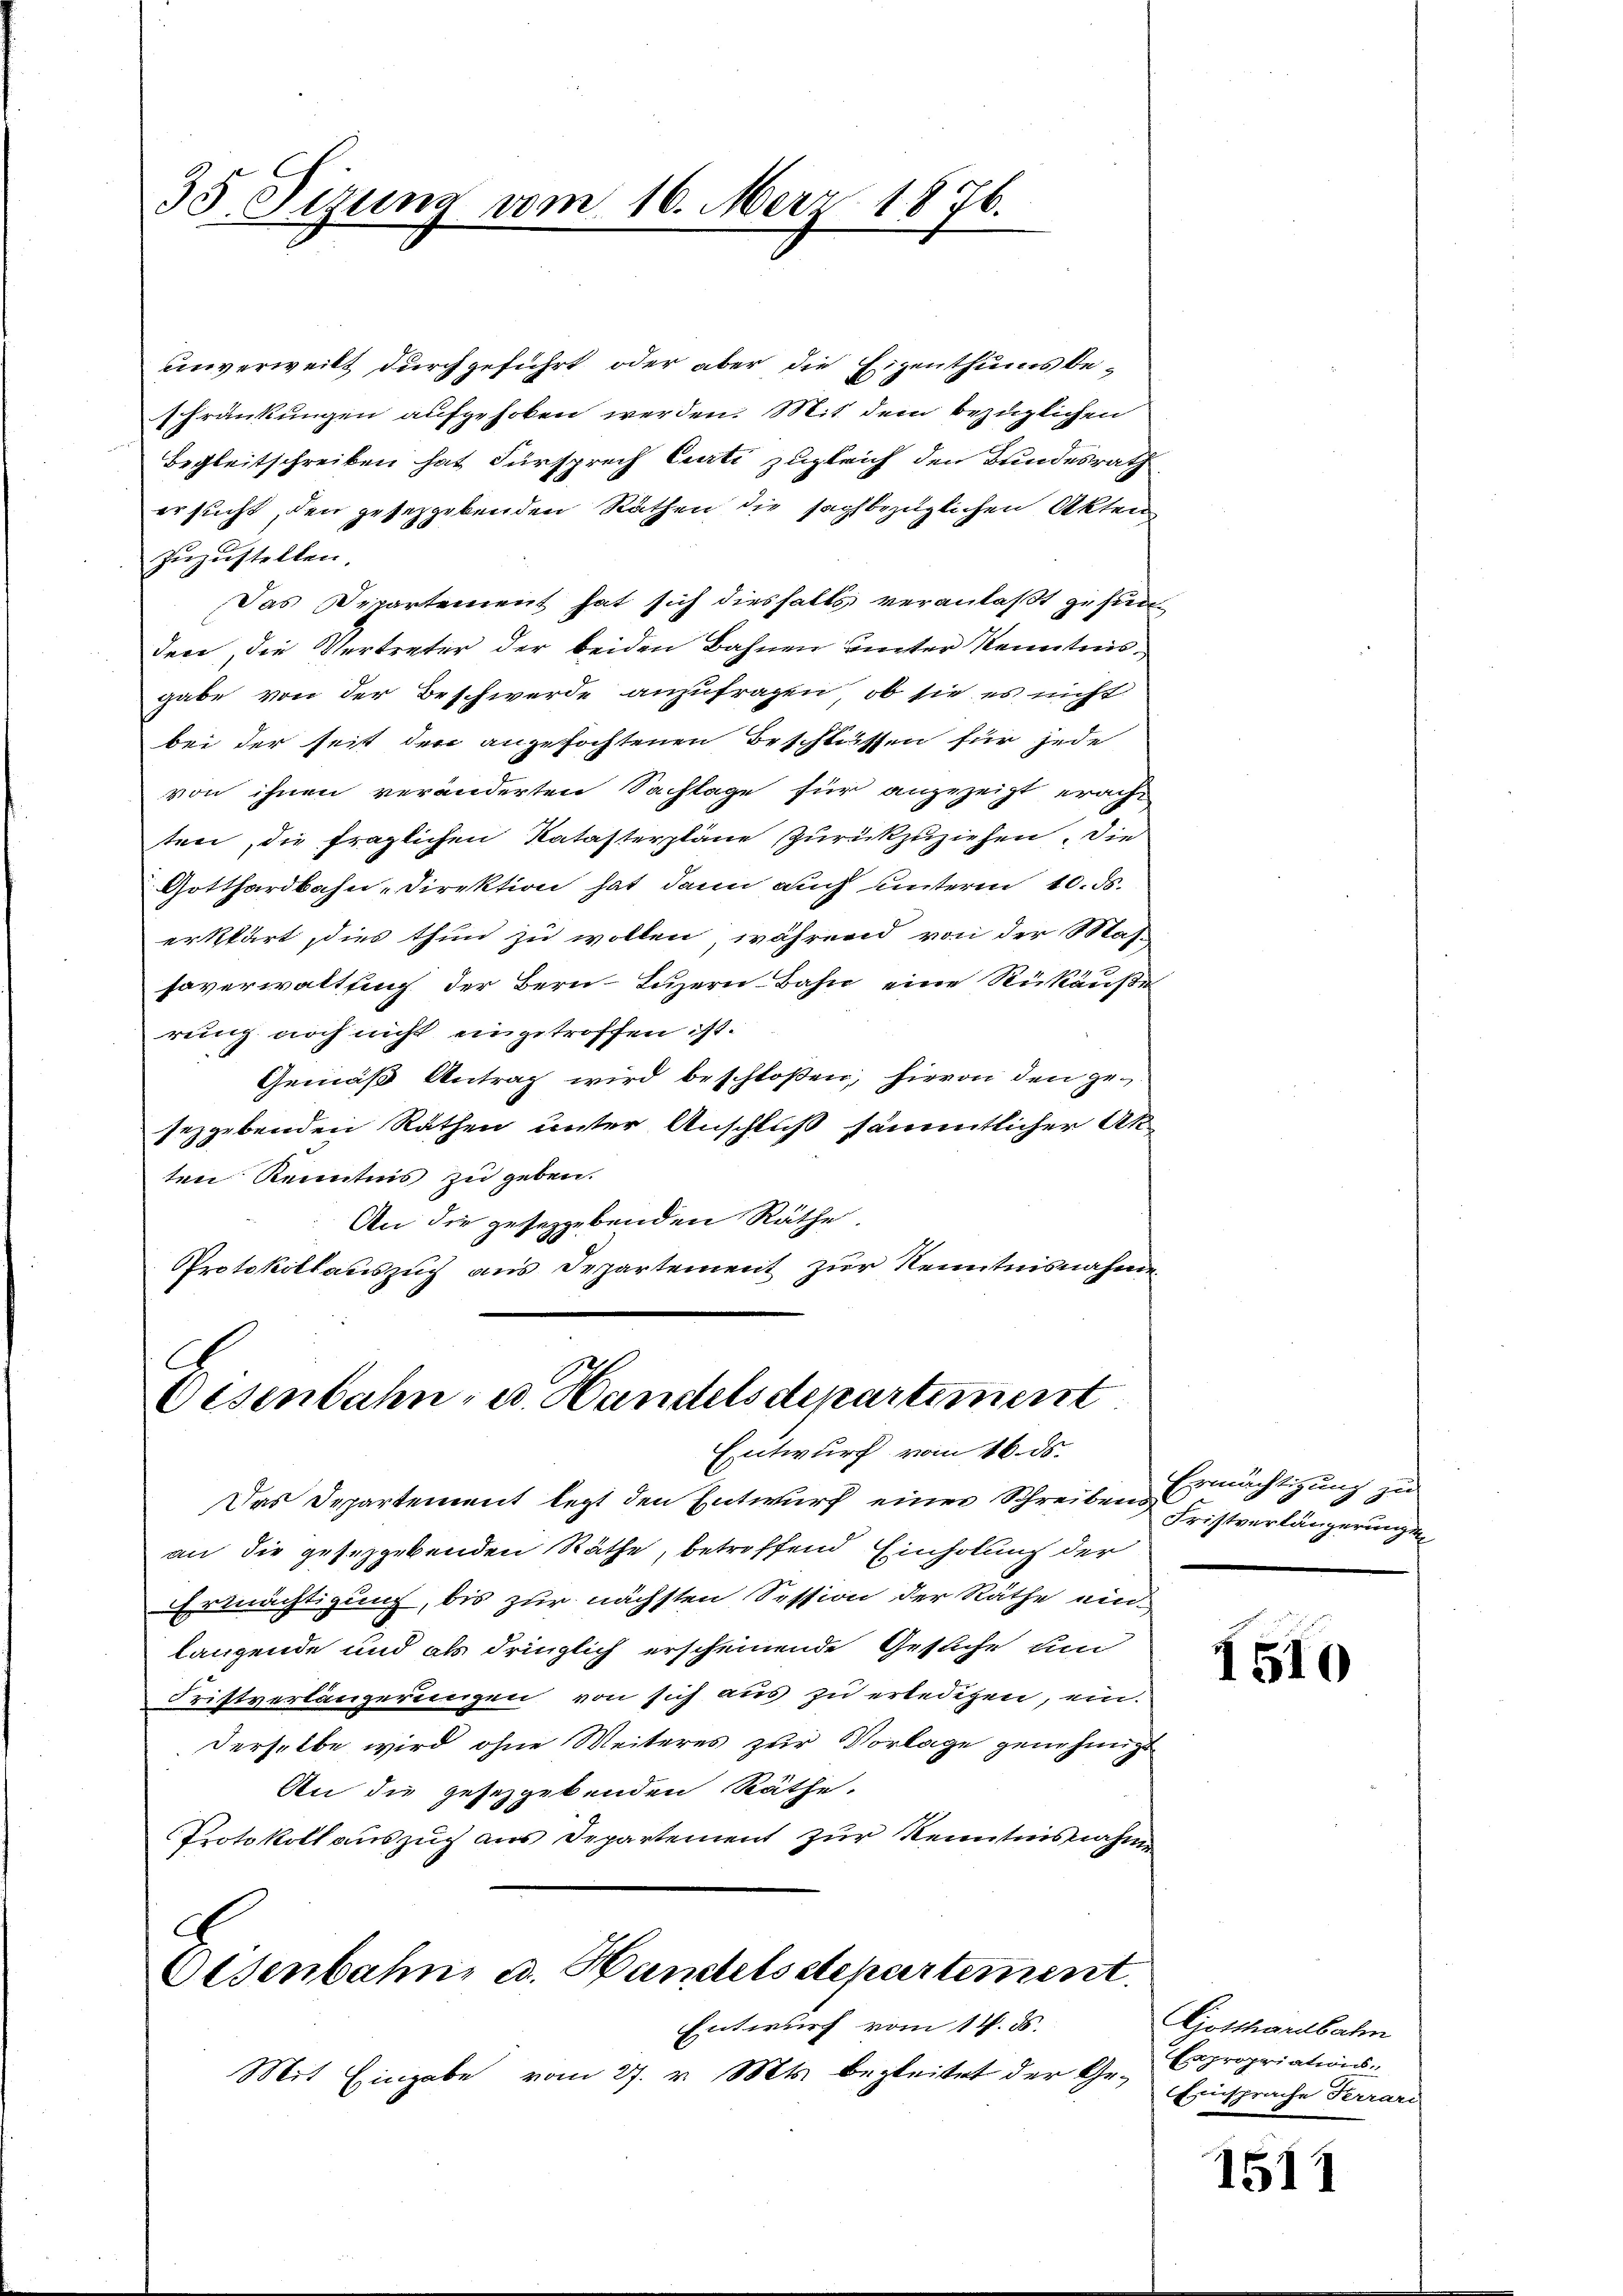
35. Sizung vom 16. Merz 1876.

unverweilt durchgeführt, oder aber die Eigenthums befränkungen aufgehoben werden. Mit dem bezüglichen
Begleitschreiben hat Fürsprech Curti zugleich den Bundesrath
ersucht, den gesetzgebenden Räthen die sachbezüglichen Akten
zuzustellen.
Das Departement hat sich dies halts veranlaßt gesun
den, die Vertreter der beiden Bahnen unter Kenntnisgabe von der Beschwerde anzufragen, ob sie es nicht
bei der seit der angefochtenen Beschlüssen für jede
von ihnen veränderten Sachlage für anzuzeigt erach-
ten, die fraglichen Katasterpläne zurückzuziehen. Die
Gotthardbahn-Direktion hat dann auch unterm 10. ds.
erklärt, dies thun zu wollen, während von der Mas-
saverwaltung der Bern Luzern Bahn eine Rückäuße
rung noch nicht eingetroffen ist.
Gemäß Antrag wird beschloßen, hievon den gesezgebenden Räthen unter Anschluß sämmtlicher Ak-
ten Kenntnis zu geben.
An die geseggebenden Räthe.
Protokollauszug aus Departement zur Kenntnisnahme
A
Oesenbahn, u. Handelsdepartement
Entwurf vom 16. ds.
Das Departement legt den Entwurf einer Schreiben Ermächtigung zu
an die gesetzgebenden Räthe, betreffend Einholung der
Ermächtigung, bis zur nächsten Session der Räthe ein-
langende und als dringlich erscheinende Gesuche um
Fristverlängerungen von sich aus zu erbedegen, ein
derselbe wird ohne Weiteres zur Vorlage genehmigt
An die geschgebenden Räthe.
Protokoll auszug aus Departement zur Kenntnisnahme
G
Olsenbahn u. Handelsstepartement.

Entwurf vom 11. d.
Mit Eingabe vom 27. v. Mts. begleitet der Ge-

Fristverlängerungen

510

Gotthardbahn
Capropriations¬
Einsprache Ferrari

1511